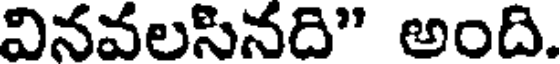
వినవలసినది" అంది.